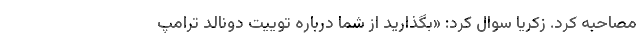
مصاحبه کرد. زکریا سوال کرد: «بگذارید از شما درباره توییت دونالد ترامپ